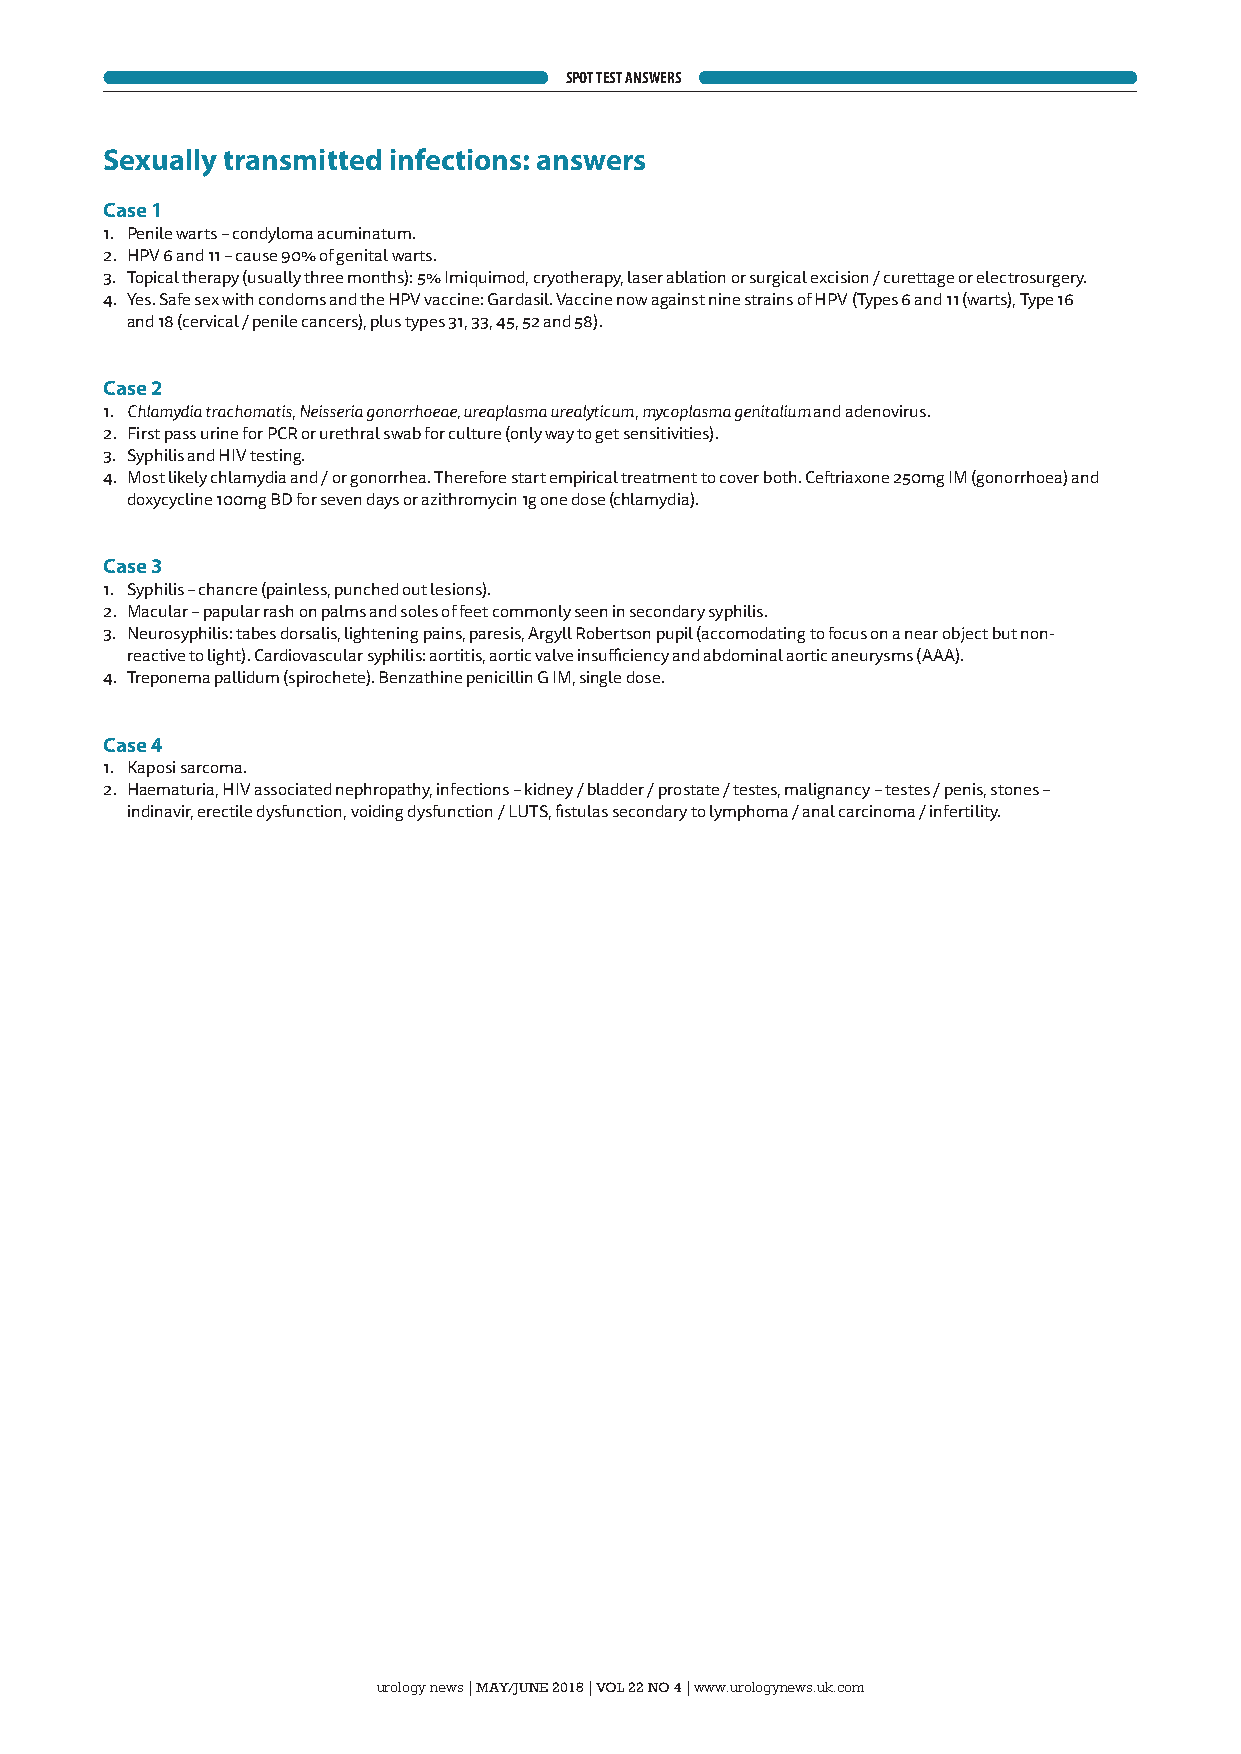
SPOT TEST ANSWERS
 Sexually transmitted infections: answers
 Case 1
 1. Penile warts – condyloma acuminatum.
 2. HPV 6 and 11 – cause 90% of genital warts.
 3. Topical therapy (usually three months): 5% Imiquimod, cryotherapy, laser ablation or surgical excision / curettage or electrosurgery.
 4. Yes. Safe sex with condoms and the HPV vaccine: Gardasil. Vaccine now against nine strains of HPV (Types 6 and 11 (warts), Type 16
 and 18 (cervical / penile cancers), plus types 31, 33, 45, 52 and 58).
 Case 2
 1. Chlamydia trachomatis, Neisseria gonorrhoeae, ureaplasma urealyticum, mycoplasma genitalium and adenovirus.
 2. First pass urine for PCR or urethral swab for culture (only way to get sensitivities).
 3. Syphilis and HIV testing.
 4. Most likely chlamydia and / or gonorrhea. Therefore start empirical treatment to cover both. Ceftriaxone 250mg IM (gonorrhoea) and
 doxycycline 100mg BD for seven days or azithromycin 1g one dose (chlamydia).
 Case 3
 1. Syphilis – chancre (painless, punched out lesions).
 2. Macular – papular rash on palms and soles of feet commonly seen in secondary syphilis.
 3. Neurosyphilis: tabes dorsalis, lightening pains, paresis, Argyll Robertson pupil (accomodating to focus on a near object but non-
 reactive to light). Cardiovascular syphilis: aortitis, aortic valve insufficiency and abdominal aortic aneurysms (AAA).
 4. Treponema pallidum (spirochete). Benzathine penicillin G IM, single dose.
 Case 4
 1. Kaposi sarcoma.
 2. Haematuria, HIV associated nephropathy, infections – kidney / bladder / prostate / testes, malignancy – testes / penis, stones –
 indinavir, erectile dysfunction, voiding dysfunction / LUTS, fistulas secondary to lymphoma / anal carcinoma / infertility.
 urology news
 |
 MAY/JUNE 2018
 |
 VOL 22 NO 4
 |
 www.urologynews.uk.com